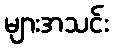
များအသင်း